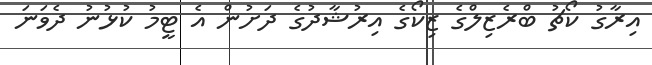
އިރާގު ކޯޗު ބްރެޒިލްގެ ޒިކޯގެ އިރުޝާދުގެ ދަށުން އެ ޓީމު ކުޅުނު ދެވަނަ